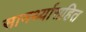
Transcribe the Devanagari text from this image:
सामर्थ्यासहित